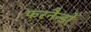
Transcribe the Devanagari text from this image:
फरनैन्डों